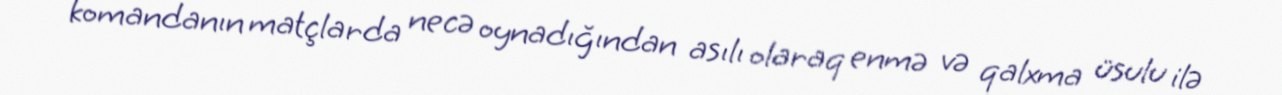
komandanın matçlarda necə oynadığından asılı olaraq enmə və qalxma üsulu ilə